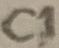
Text: C1